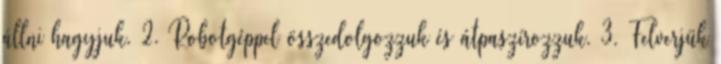
állni hagyjuk. 2. Robotgéppel összedolgozzuk és átpaszírozzuk. 3. Felverjük